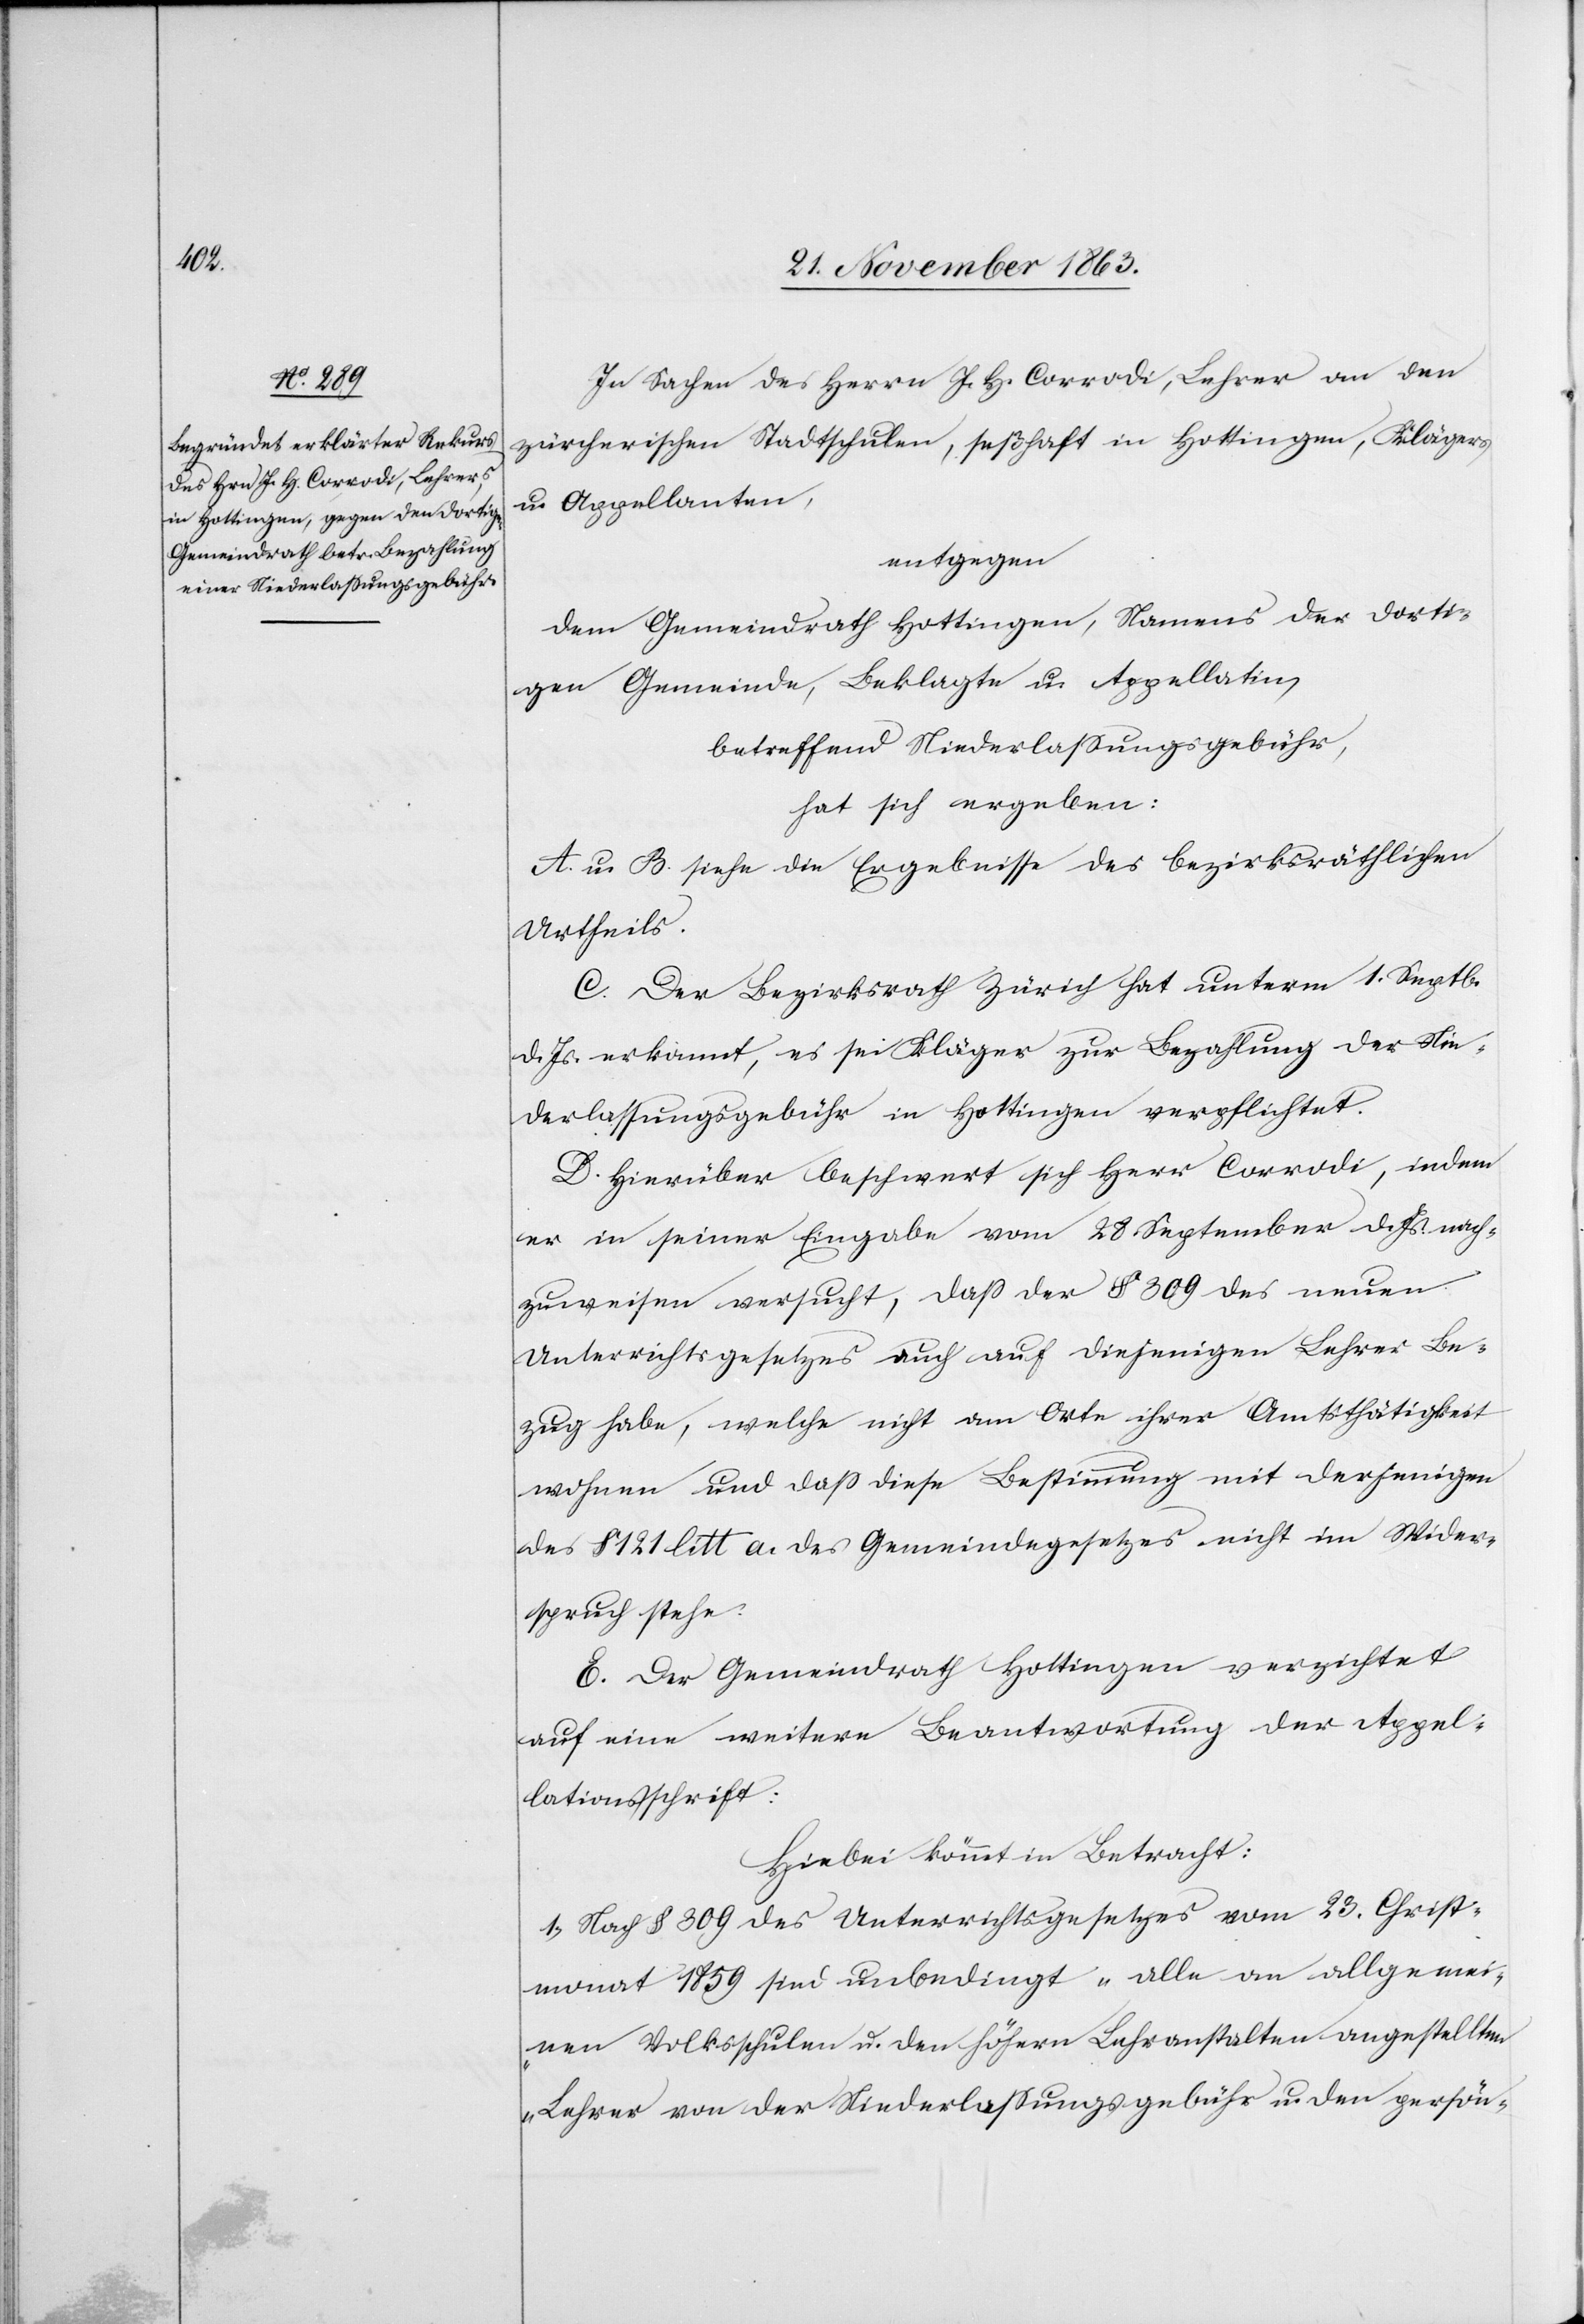
In Sachen des Herrn J. H. Corrodi, Lehrer an den
zürcherischen Stadtschulen, seßhaft in Hottingen, Klägers
u. Appellanten,
entgegen
dem Gemeindrath Hottingen, Namens der dorti¬
gen Gemeinde, Beklagte u. Appellatin,
betreffend Niederlassungsgebühr,
hat sich ergeben:
A. u. B. siehe die Ergebnisse des bezirksräthlichen
Urtheils.
C. Der Bezirksrath Zürich hat unterm 1. Septb.
d. Js. erkannt, es sei Kläger zur Bezahlung der Nie¬
derlassungsgebühr in Hottingen verpflichtet.
D. Hierüber beschwert sich Herr Corrodi, indem
er in seiner Eingabe vom 28. September d. Js. nach¬
zuweisen versucht, dass der § 309 des neuen
Unterrichtsgesetzes auch auf diejenigen Lehrer Be¬
zug habe, welche nicht am Orte ihrer Amtsthätigkeit
wohnen und dass diese Bestimmung mit derjenigen
des § 121 litt a. des Gemeindegesetzes nicht im Wider¬
spruch stehe.
E. Der Gemeindrath Hottingen verzichtet
auf eine weitere Beantwortung der Appel¬
lationsschrift:
Hiebei kömmt in Betracht:
1. Nach § 309 des Unterrichtsgesetzes vom 23. Christ¬
monat 1859 sind unbedingt „alle an allgemei¬
nen Volksschulen u. den höhern Lehranstalten angestellten
Lehrer von der Niederlassungsgebühr u. den persön-